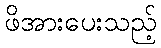
ဖိအားပေးသည့်